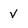
Character: v